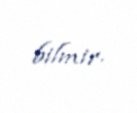
bilmir.